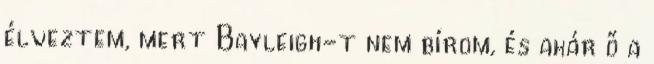
élveztem, mert Bayleigh-t nem bírom, és akár ő a